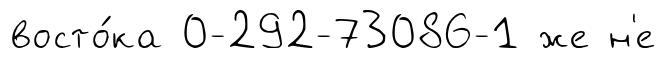
восто́ка 0-292-73086-1 же н'е